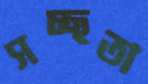
সচ্ছতা